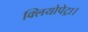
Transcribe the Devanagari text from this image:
क्लियोपेट्रा।